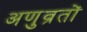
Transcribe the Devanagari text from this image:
अणुव्रतों